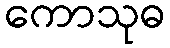
ကောသုဓ